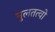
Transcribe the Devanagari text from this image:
मुलतत्वो